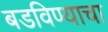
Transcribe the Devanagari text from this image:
बडविण्याचा